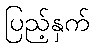
ပြည့်နှက်